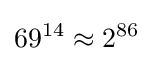
69^{14}\approx 2^{86}